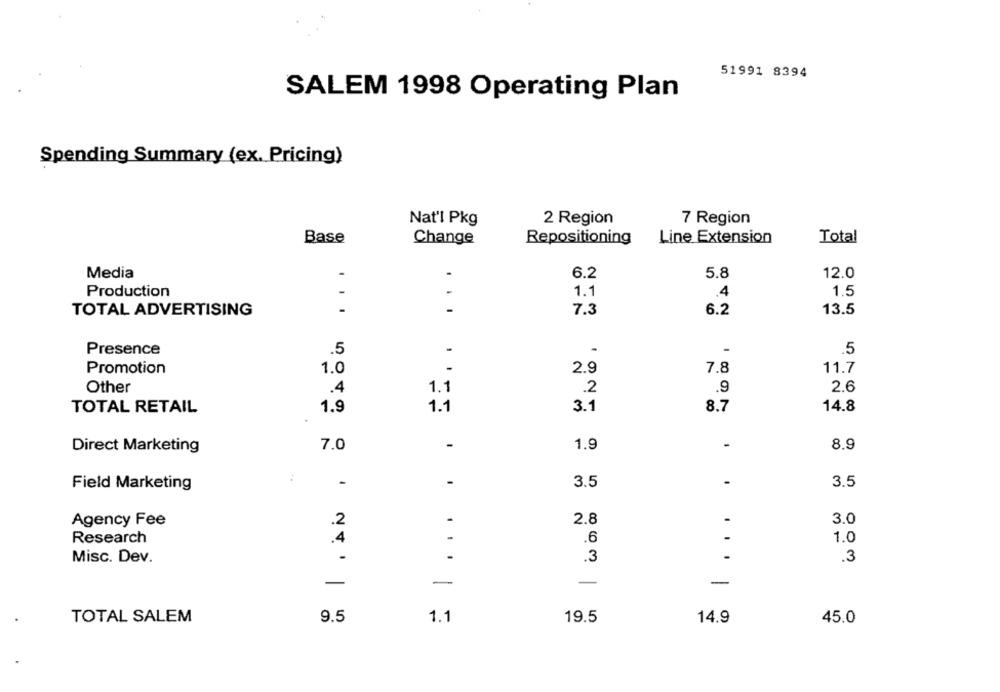
51991 8394
SALEM 1998 Operating Plan
Spending Summary (ex. Pricing)
Nat'l Pkg
2 Region
7 Region
Base
Change
Repositioning
Line Extension
Total
Media
-
6.2
5.8
12.0
Production
-
-
1.1
.4
1.5
TOTAL ADVERTISING
-
7.3
6.2
13.5
Presence
.5
-
-
.5
Promotion
1.0
2.9
7.8
11.7
1.1
2.6
Other
.4
.2
.9
1.9
3.1
14.8
TOTAL RETAIL
1.1
8.7
Direct Marketing
7.0
1.9
8.9
-
-
3.5
-
3.5
Field Marketing
Agency Fee
.2
-
2.8
-
3.0
Research
.4
-
.6
1.0
-
Misc. Dev.
.3
.3
-
-
-
-
TOTAL SALEM
9.5
1.1
19.5
14.9
45.0